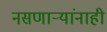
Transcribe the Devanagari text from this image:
नसणार्‍यांनाही